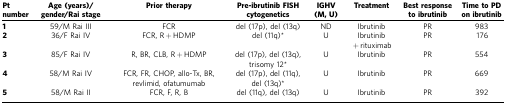
<table><thead><tr><td><b>Pt number</b></td><td><b>Age (years)/gender/Rai stage</b></td><td><b>Prior therapy</b></td><td><b>Pre-ibrutinib FISH cytogenetics</b></td><td><b>IGHV (M, U)</b></td><td><b>Treatment</b></td><td><b>Best response to ibrutinib</b></td><td><b>Time to PD on ibrutinib</b></td></tr></thead><tbody><tr><td><b>1</b></td><td>59/M Rai III</td><td>FCR</td><td>del (17p), del (13q)</td><td>ND</td><td>Ibrutinib</td><td>PR</td><td>983</td></tr><tr><td><b>2</b></td><td>36/F Rai IV</td><td>FCR, R+HDMP</td><td>del (11q)*</td><td>U</td><td>Ibrutinib +rituximab</td><td>PR</td><td>176</td></tr><tr><td><b>3</b></td><td>85/F Rai IV</td><td>R, BR, CLB, R+HDMP</td><td>del (17p), del (13q), trisomy 12*</td><td>U</td><td>Ibrutinib</td><td>PR</td><td>554</td></tr><tr><td><b>4</b></td><td>58/M Rai IV</td><td>FCR, FR, CHOP, allo-Tx, BR, revlimid, ofatumumab</td><td>del (17p), del (11q), del (13q)*</td><td>U</td><td>Ibrutinib</td><td>PR</td><td>669</td></tr><tr><td><b>5</b></td><td>58/M Rai II</td><td>FCR, F, R, B</td><td>del (11q), del (13q)</td><td>U</td><td>Ibrutinib</td><td>PR</td><td>392</td></tr></tbody></table>